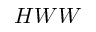
H W W